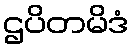
ဌပိတမိဒံ